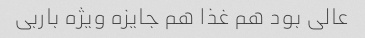
عالی بود هم غذا هم جایزه ویژه باربی